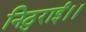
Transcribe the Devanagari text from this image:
निठुराई।।